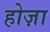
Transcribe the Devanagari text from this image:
होज़ा